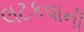
લટકવાની